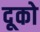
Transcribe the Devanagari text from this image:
दूको